Report on vaccination in the Province of Bengal - 1874-1889
Year: 1874
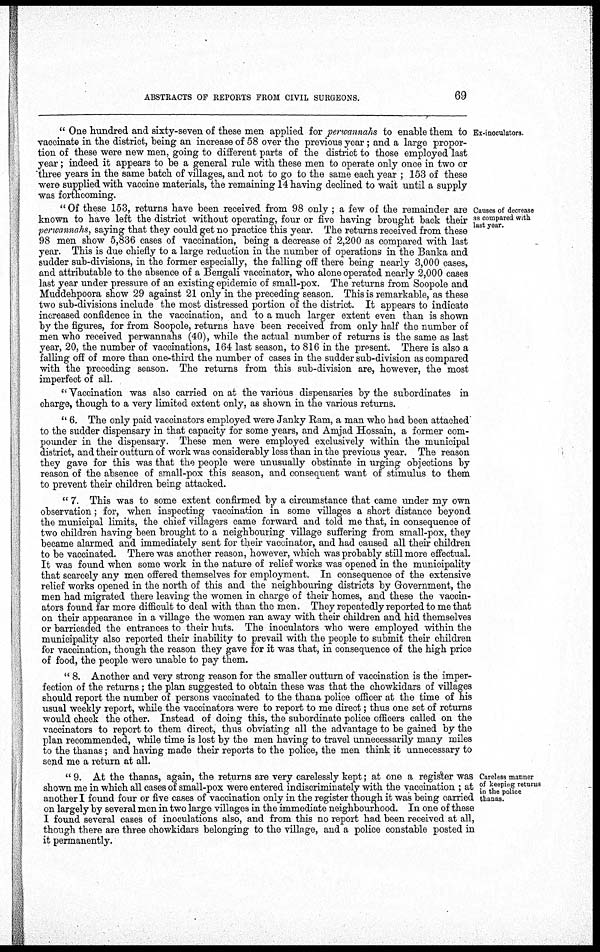
ABSTRACTS OF REPORTS FROM CIVIL SURGEONS.
69
Ex-inoculators.
" One hundred and sixty-seven of these men applied for perwannahs to enable them to
vaccinate in the district, being an increase of 58 over the previous year; and a large propor-
tion of these were new men, going to different parts of the district to those employed last
year; indeed it appears to be a general rule with these men to operate only once in two or
three years in the same batch of villages, and not to go to the same each year ; 153 of these
were supplied with vaccine materials, the remaining 14 having declined to wait until a supply
was forthcoming.
Causes of decrease
as compared with
last year.
" Of these 153, returns have been received from 98 only ; a few of the remainder are
known to have left the district without operating, four or five having brought back their
perwannahs, saying that they could get no practice this year. The returns received from these
98 men show 5,836 cases of vaccination, being a decrease of 2,200 as compared with last
year. This is due chiefly to a large reduction in the number of operations in the Banka and
sudder sub-divisions, in the former especially, the falling off there being nearly 3,000 cases,
and attributable to the absence of a Bengali vaccinator, who alone operated nearly 2,000 cases
last year under pressure of an existing epidemic of small-pox. The returns from Soopole and
Muddehpoora show 29 against 21 only in the preceding season. This is remarkable, as these
two sub-divisions include the most distressed portion of the district. It appears to indicate
increased confidence in the vaccination, and to a much larger extent even than is shown
by the figures, for from Soopole, returns have been received from only half the number of
men who received perwannahs (40), while the actual number of returns is the same as last
year, 20, the number of vaccinations, 164 last season, to 816 in the present. There is also a
falling off of more than one-third the number of cases in the sudder sub-division as compared
with the preceding season. The returns from this sub-division are, however, the most
imperfect of all.
" Vaccination was also carried on at the various dispensaries by the subordinates in
charge, though to a very limited extent only, as shown in the various returns.
" 6. The only paid vaccinators employed were Janky Ram, a man who had been attached
to the sudder dispensary in that capacity for some years, and Amjad Hossain, a former com-
pounder in the dispensary. These men were employed exclusively within the municipal
district, and their outturn of work was considerably less than in the previous year. The reason
they gave for this was that the people were unusually obstinate in urging objections by
reason of the absence of small-pox this season, and consequent want of stimulus to them
to prevent their children being attacked.
" 7. This was to some extent confirmed by a circumstance that came under my own
observation; for, when inspecting vaccination in some villages a short distance beyond
the municipal limits, the chief villagers came forward and told me that, in consequence of
two children having been brought to a neighbouring village suffering from small-pox, they
became alarmed and immediately sent for their vaccinator, and had caused all their children
to be vaccinated. There was another reason, however, which was probably still more effectual.
It was found when some work in the nature of relief works was opened in the municipality
that scarcely any men offered themselves for employment. In consequence of the extensive
relief works opened in the north of this and the neighbouring districts by Government, the
men had migrated there leaving the women in charge of their homes, and these the vaccin-
ators found far more difficult to deal with than the men. They repeatedly reported to me that
on their appearance in a village the women ran away with their children and hid themselves
or barricaded the entrances to their huts. The inoculators who were employed within the
municipality also reported their inability to prevail with the people to submit their children
for vaccination, though the reason they gave for it was that, in consequence of the high price
of food, the people were unable to pay them.
" 8. Another and very strong reason for the smaller outturn of vaccination is the imper-
fection of the returns; the plan suggested to obtain these was that the chowkidars of villages
should report the number of persons vaccinated to the thana police officer at the time of his
usual weekly report, while the vaccinators were to report to me direct; thus one set of returns
would check the other. Instead of doing this, the subordinate police officers called on the
vaccinators to report to them direct, thus obviating all the advantage to be gained by the
plan recommended, while time is lost by the men having to travel unnecessarily many miles
to the thanas; and having made their reports to the police, the men think it unnecessary to
send me a return at all.
Careless manner
of keeping returns
in the police
thanas.
" 9. At the thanas, again, the returns are very carelessly kept; at one a register was
shown me in which all cases of small-pox were entered indiscriminately with the vaccination ; at
another I found four or five cases of vaccination only in the register though it was being carried
on largely by several men in two large villages in the immediate neighbourhood. In one of these
I found several cases of inoculations also, and from this no report had been received at all,
though there are three chowkidars belonging to the village, and a police constable posted in
it permanently.